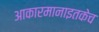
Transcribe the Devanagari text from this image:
आकारमानाइतकेच